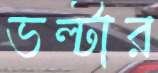
ভল্টার